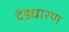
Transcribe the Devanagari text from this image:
दंडधारण